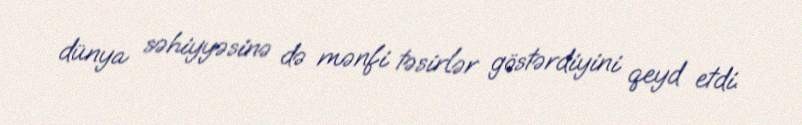
dünya səhiyyəsinə də mənfi təsirlər göstərdiyini qeyd etdi.